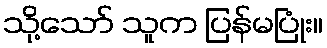
သို့သော် သူက ပြန်မပြုံး။